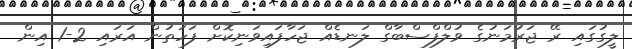
ލީގުގައި ރޭ ޖަރުމަނުގެ ވުލްފްސްބާގް ލަނޑެއް ޖަހާފައިވަނިކޮށް ފަހަތުން އަރައި 2-1 އިން